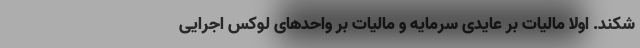
شکند. اولا مالیات بر عایدی سرمایه و مالیات بر واحدهای لوکس اجرایی